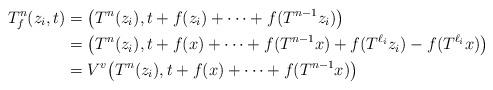
LaTeX: \begin{align*}T_f^n(z_i,t)&=\big( T^n(z_i),t + f(z_i) + \cdots + f(T^{n-1} z_i) \big)\\&=\big( T^n(z_i),t + f(x) + \cdots + f(T^{n-1} x) + f(T^{\ell_i} z_i) - f(T^{\ell_i} x) \big)\\&=V^v \big( T^n(z_i),t + f(x) + \cdots + f(T^{n-1} x) \big)\end{align*}